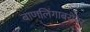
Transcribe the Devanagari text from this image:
बाणलिंगाबरोबर